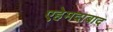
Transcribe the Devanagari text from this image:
एहेमदाबाद